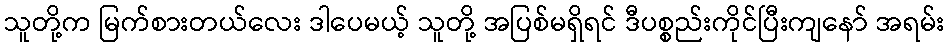
သူတို့က မြက်စားတယ်လေး ဒါပေမယ့် သူတို့ အပြစ်မရှိရင် ဒီပစ္စည်းကိုင်ပြီးကျနော် အရမ်း